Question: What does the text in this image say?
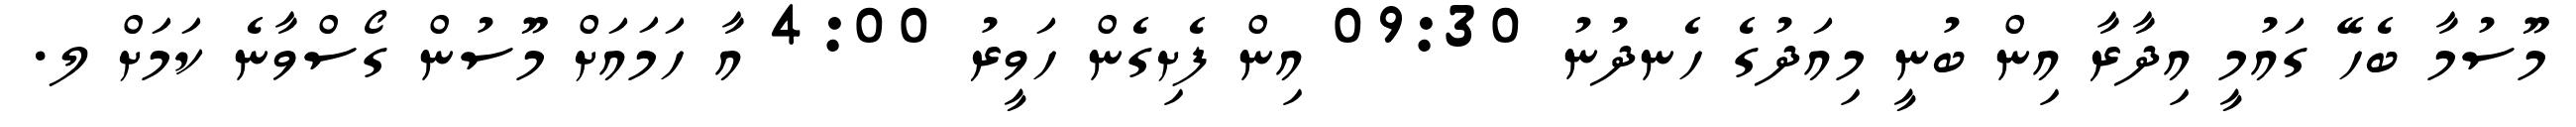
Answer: މޫސުމާ ބެހޭ ގައުމީ އިދާރާ އިން ބުނީ މިއަދުގެ ހެނދުނު 09:30 އިން ފެށިގެން ހަވީރު 4:00 އާ ހަމައަށް މޫސުން ގޯސްވާނެ ކަމަށް ލ.